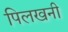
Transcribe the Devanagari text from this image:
पिलखनी